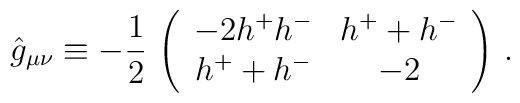
\hat g_{\mu\nu}\equiv-\frac 12\, \left(\begin{array}{cc}-2h^+h^- & h^++h^- \\h^++h^- & -2\end{array}\right)\, .